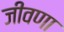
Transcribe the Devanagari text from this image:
जीवणा